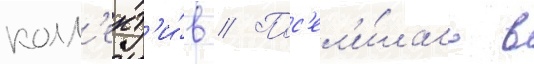
колл'ект'и́в // Пос'ел'и́лась в